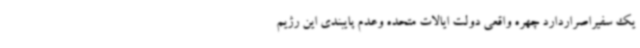
یک سفیراصراردارد چهره واقعی دولت ایالات متحده وعدم پایبندی این رژیم